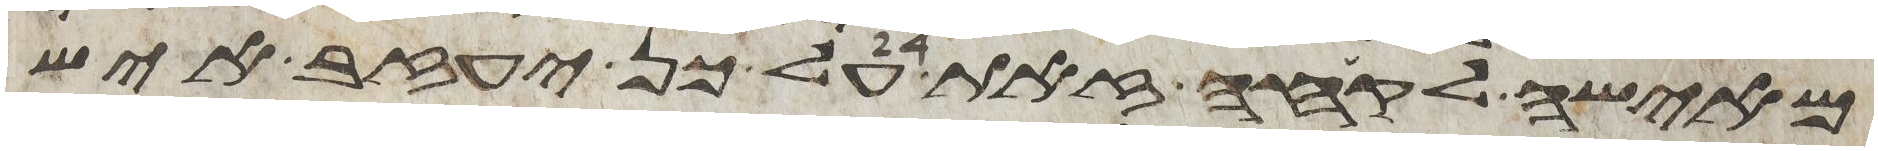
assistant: מאישה לקחה זאת על כן יעזב איש